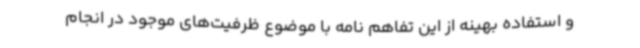
و استفاده بهینه از این تفاهم نامه با موضوع ظرفیت‌های موجود در انجام